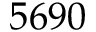
5 6 9 0